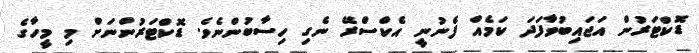
ޑޮކްޓަރުން އަޖައިބުވާފަދަ ކަމެއް ފެނުނީ އެކްސްރޭ ނެގި ހިސާބުންނެވެ. ޑޮކްޓަރުންނަށް މި މީހާގެ